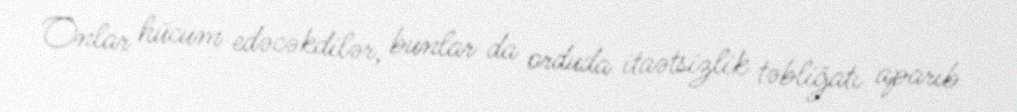
Onlar hücum edəcəkdilər, bunlar da orduda itaətsizlik təbliğatı aparıb